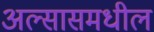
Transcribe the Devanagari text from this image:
अल्सासमधील